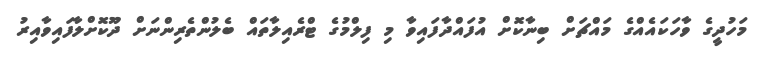
މަހުދީގެ ވާހަކައެއްގެ މައްޗަށް ބިނާކޮށް އުފައްދާފައިވާ މި ފިލްމުގެ ޓްރެއިލާތައް ބެލުންތެރިންނަށް ދޫކޮށްލާފައިވާއިރު